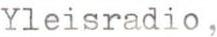
Yleisradio,